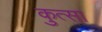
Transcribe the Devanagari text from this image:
कुत्सा